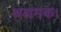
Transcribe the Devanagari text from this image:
अशमक।